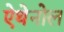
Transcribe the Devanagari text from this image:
ऐथेनोल